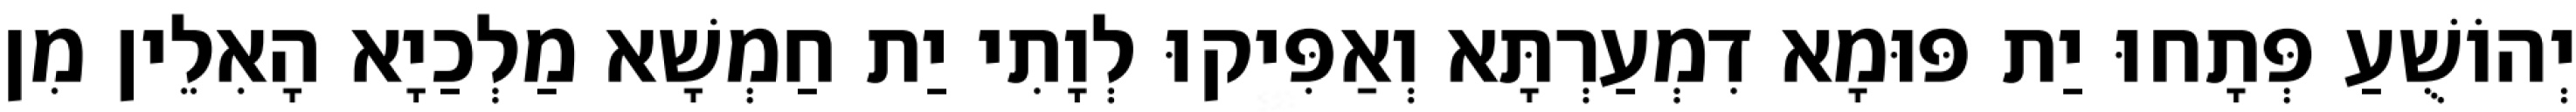
יְהוֹשֻׁעַ פְּתָחוּ יַת פּוּמָא דִמְעַרְתָּא וְאַפִּיקוּ לְוָתִי יַת חַמְשָׁא מַלְכַיָא הָאִלֵין מִן